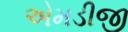
એમડીજી